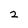
Character: 2